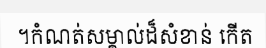
។កំណត់សម្គាល់ដ៏សំខាន់ កើត